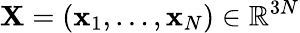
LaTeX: {\mathbf X}=({\mathbf x_{1}},\dots,{\mathbf x}_{N})\in{\mathbb R}^{3N}